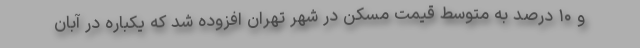
و ۱۰ درصد به متوسط قیمت مسکن در شهر تهران افزوده شد که یکباره در آبان